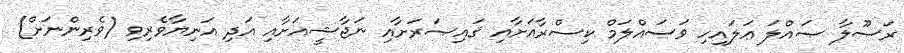
ރަސޫލާ ޞައްލަ ޢަލައިހި ވަސައްލަމް ކިސްރާއަށާއި ޤައިޞަރަށާއި ނަޖާޝީއަށާއި އަދި އަނިޔާވެރިވި (ވެރިންނަށް)